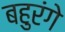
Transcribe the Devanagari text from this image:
बहुरंगे